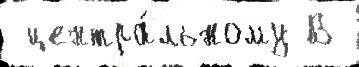
 центра́льному В